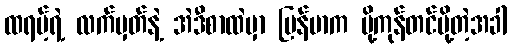
ထရမ့်ရဲ့ လက်မှတ်နဲ့ အဲဒီစာထဲမှာ မြန်မာက ပို့ကုန်တင်ပို့တဲ့အခါ